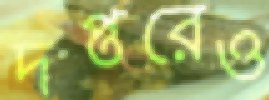
দপ্তরেও